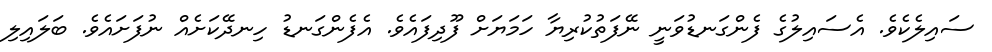
ސައިލެކެވެ. އެސައިލުގެ ފެންގަނޑުވަނީ ނޭފަތުކުރިޔާ ހަމަޔަށް ފޫދިފައެވެ. އެފެންގަނޑު ހިނދޭކަށެއް ނުފަށައެވެ. ބަލައިލި